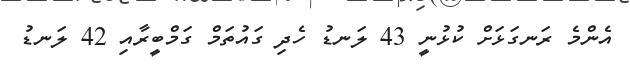
އެންމެ ރަނގަޅަށް ކުޅުނީ 43 ލަނޑު ހެދި ގައުތަމް ގަމްބީރާއި 42 ލަނޑު